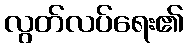
လွတ်လပ်ရေး၏